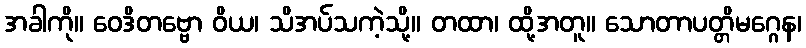
အခါကို။ ဝေဒိတဗ္ဗော ဝိယ၊ သိအပ်သကဲ့သို့။ တထာ၊ ထို့အတူ။ သောတာပတ္တိမဂ္ဂေန၊